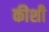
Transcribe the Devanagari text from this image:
कीशी